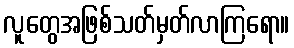
လူတွေအဖြစ်သတ်မှတ်လာကြရော။